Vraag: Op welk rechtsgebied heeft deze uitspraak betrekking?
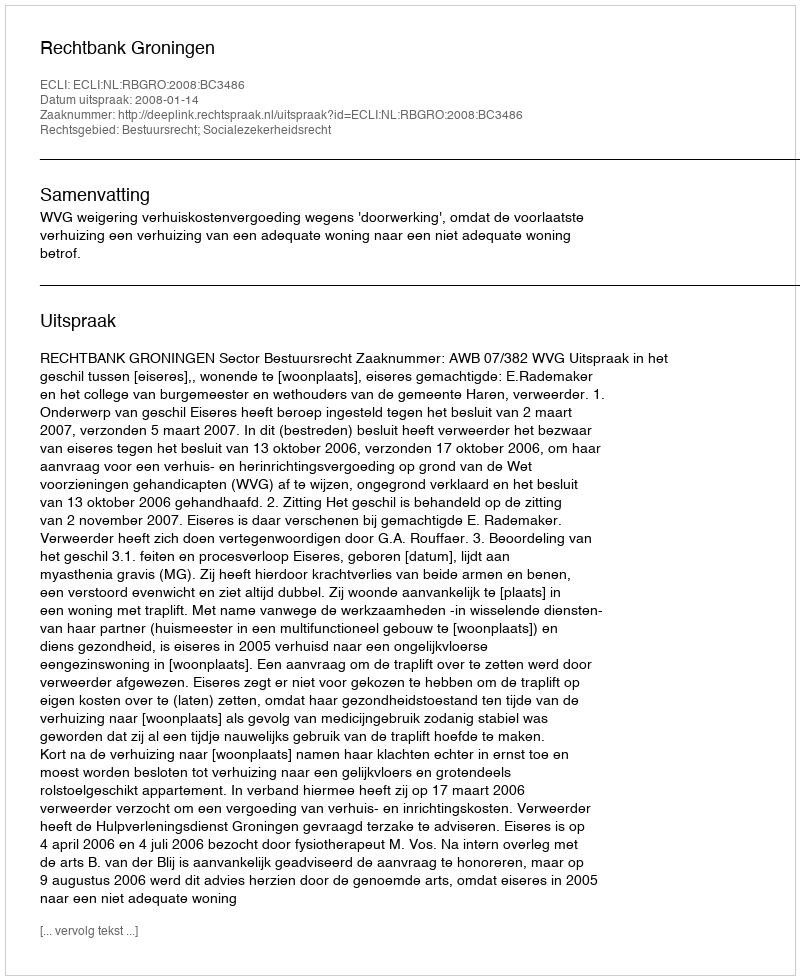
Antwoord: Bestuursrecht; Socialezekerheidsrecht